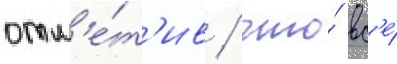
отм'е́т'ив / что́ вс'е́